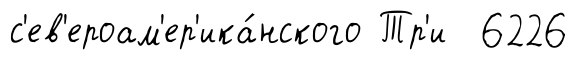
с'ев'ероам'ер'ика́нского Тр'и 6226